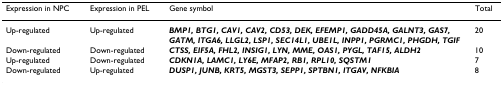
<table><thead><tr><td><b>Expression in NPC</b></td><td><b>Expression in PEL</b></td><td><b>Gene symbol</b></td><td><b>Total</b></td></tr></thead><tbody><tr><td>Up-regulated</td><td>Up-regulated</td><td><b><i>BMP1, BTG1, CAV1, CAV2, CD53, DEK, EFEMP1, GADD45A, GALNT3, GAS7, GATM, ITGA6, LLGL2, LSP1, SEC14L1, UBE1L, INPP1, PGRMC1, PHGDH, TGIF</i></b></td><td>20</td></tr><tr><td>Down-regulated</td><td>Down-regulated</td><td><b><i>CTSS, EIF5A, FHL2, INSIG1, LYN, MME, OAS1, PYGL, TAF15, ALDH2</i></b></td><td>10</td></tr><tr><td>Up-regulated</td><td>Down-regulated</td><td><b><i>CDKN1A, LAMC1, LY6E, MFAP2, RB1, RPL10, SQSTM1</i></b></td><td>7</td></tr><tr><td>Down-regulated</td><td>Up-regulated</td><td><b><i>DUSP1, JUNB, KRT5, MGST3, SEPP1, SPTBN1, ITGAV, NFKBIA</i></b></td><td>8</td></tr></tbody></table>